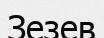
Зезев